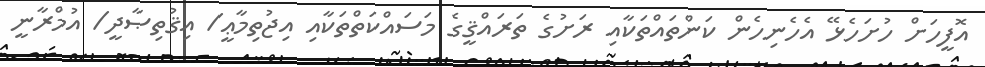
އޮފީހަށް ހުށަހެޅޭ އެހެނިހެން ކަންތައްތަކާއި ރަށުގެ ތަރައްޤީގެ މަސައްކަތްތަކާއި އިޖުތިމާޢީ/ އިޤުތިޞާދީ/ އުމްރާނީ